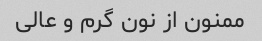
ممنون از نون گرم و عالی